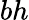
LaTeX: bh